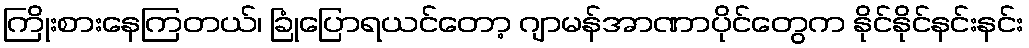
ကြိုးစားနေကြတယ်၊ ခြုံပြောရယင်တော့ ဂျာမန်အာဏာပိုင်တွေက နိုင်နိုင်နင်းနင်း